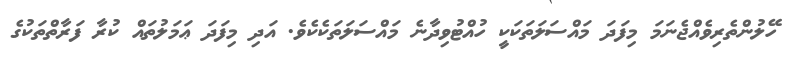
ހޭލުންތެރިވެއްޖެނަމަ މިފަދަ މައްސަލަތަކަކީ ހުއްޓުވިދާނެ މައްސަލަތަކެކެވެ. އަދި މިފަދަ ޢަމަލުތައް ކުރާ ފަރާތްތަކުގެ